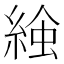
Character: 𧌢